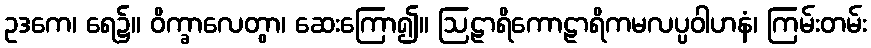
ဥဒကေ၊ ရေ၌။ ဝိက္ခာလေတွာ၊ ဆေးကြော၍။ ဩဠာရိကောဠာရိကမလပ္ပဝါဟနံ၊ ကြမ်းတမ်း